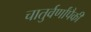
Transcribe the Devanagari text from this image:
चातुर्वर्णांपैकी